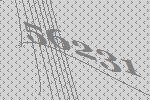
56231